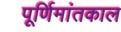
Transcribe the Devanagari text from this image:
पूर्णिमांतकाल